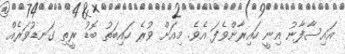
އައިސާފާނު އިނީ ހައިރާންވެފަ އެވެ. މިއަށް ވުރެ ހައިބަތު ބޮޑު ރީތި ގަނޑުވަރެއް